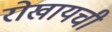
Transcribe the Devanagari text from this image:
रोखायची